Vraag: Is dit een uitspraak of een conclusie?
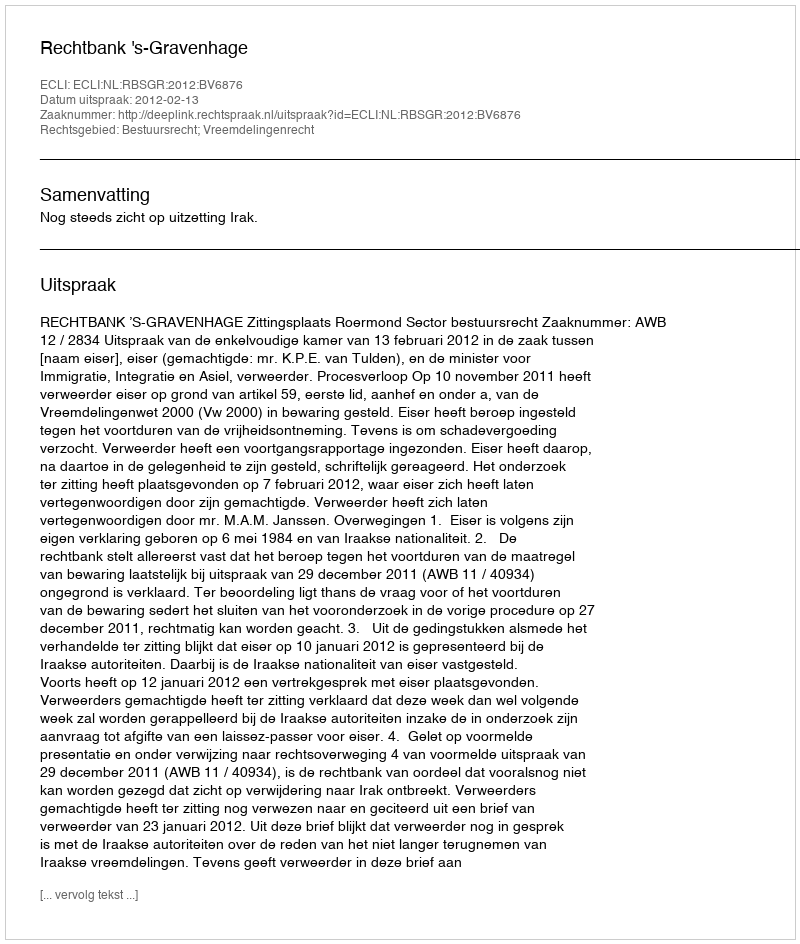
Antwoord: Uitspraak